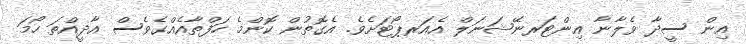
އިން ސީދާ ވެލާނާ އިންޓަރނޭޝަނަލް އެއަރޕޯޓަށެވެ. އެގޮތުން ކޮންމެ ހަފްތާއެއްގެވެސް އާދީއްތަ ހޯމަ